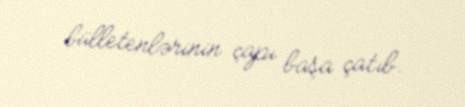
bülletenlərinin çapı başa çatıb.